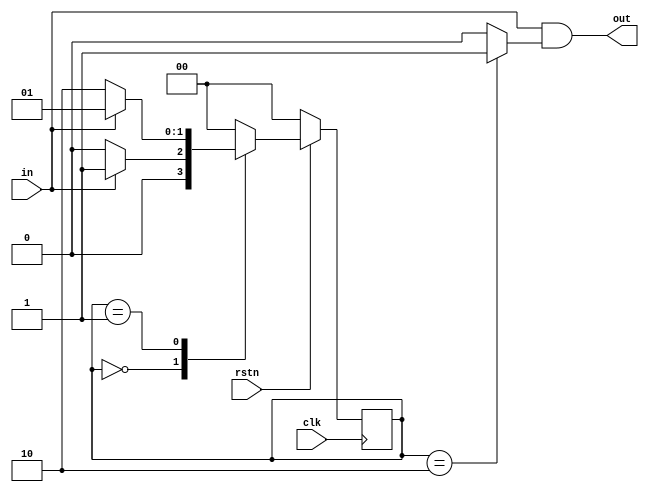
`timescale 1ns / 1ps
module nol_seq_det_101_mealy(clk,rstn,in,out);
	input clk, rstn, in;
	output out;
	
	parameter s0=0,s1=1,s2=2;
	reg [1:0] cur_state, next_state;
	
	assign out=((in)&(cur_state==s2?1:0));
	
	always @ (posedge clk)
	begin
		if(!rstn)
			cur_state<=s0;
		else
			cur_state <=next_state;
	end
	
	always @ (cur_state or in) 
	begin
		case(cur_state)
			s0: begin
					if(in) next_state = s1;
					else next_state=s0;
				 end
			s1: begin
					if(in) next_state = s1;
					else next_state=s2;
				 end
			s2: begin
					if(in) next_state = s0;
					else next_state=s0;
				 end
   	default: begin
					next_state = s0;
					end
	  endcase
	end
	
endmodule